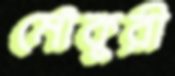
মৌকুরী